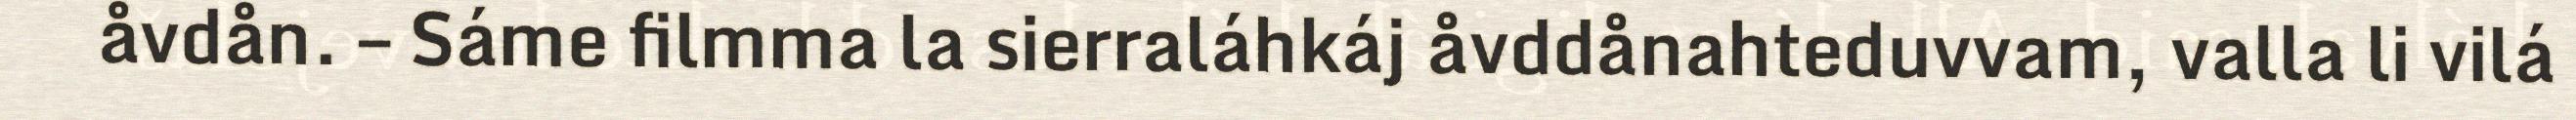
åvdån. – Sáme filmma la sierraláhkáj åvddånahteduvvam, valla li vilá